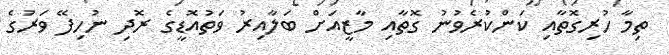
ތިމާ ހުރިގޮތާއި ކަންކުރެވުނު ގޮތާއި މާޒީއަށް ބަލާއިރު ވަތުއޮޑީގެ ރޮދި ނުހިފޭ ވަރުގެ